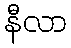
နီလာ